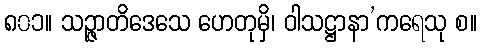
၈၀၁။ သဉ္ဇာတိဒေသေ ဟေတုမှိ၊ ဝါသဋ္ဌာနာ’ကရေသု စ။